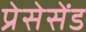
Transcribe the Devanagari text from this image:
प्रेसेसेंड